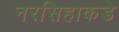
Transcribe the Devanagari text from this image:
नरसिहाकडे